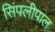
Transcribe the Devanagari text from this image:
सिंपलीपाल